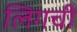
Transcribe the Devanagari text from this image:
लिगची